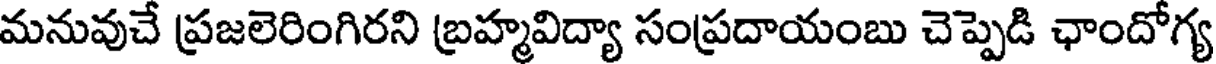
మనువుచే ప్రజలెరింగిరని బ్రహ్మవిద్యా సంప్రదాయంబు చెప్పెడి ఛాందోగ్య